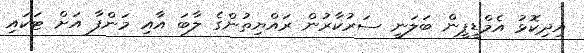
އިދިކޮޅު އެމްޑީޕީން ބަލަނީ ސަރުކާރުން ރައްޔިތުންގެ ލާބަ އާއި މަންފާ އަށް ޓަކައި